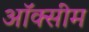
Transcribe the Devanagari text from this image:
ऑक्सीम